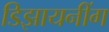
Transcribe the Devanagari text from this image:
डिझायनींग